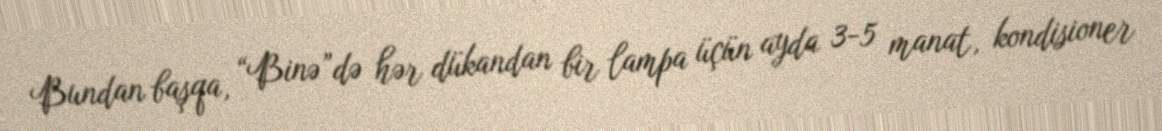
Bundan başqa, “Binə”də hər dükandan bir lampa üçün ayda 3-5 manat, kondisioner